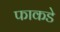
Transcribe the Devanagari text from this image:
फाकडे